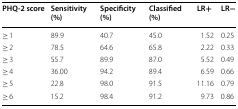
| PHQ-2 score | Sensitivity (%) | Specificity (%) | Classified (%) | LR+ | LR− |
 | --- | --- | --- | --- | --- | --- |
 | ≥ 1 | 89.9 | 40.7 | 45.0 | 1.52 | 0.25 |
 | ≥ 2 | 78.5 | 64.6 | 65.8 | 2.22 | 0.33 |
 | ≥ 3 | 55.7 | 89.9 | 87.0 | 5.52 | 0.49 |
 | ≥ 4 | 36.00 | 94.2 | 89.4 | 6.59 | 0.66 |
 | ≥ 5 | 22.8 | 98.0 | 91.5 | 11.16 | 0.79 |
 | ≥ 6 | 15.2 | 98.4 | 91.2 | 9.73 | 0.86 |